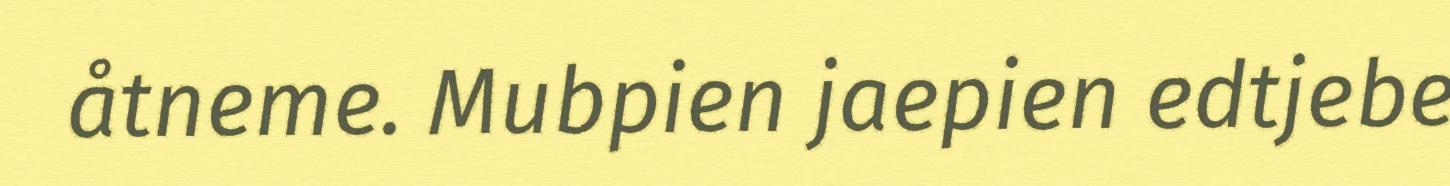
åtneme. Mubpien jaepien edtjebe